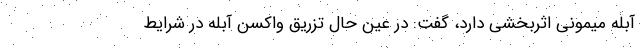
آبله میمونی اثربخشی دارد، گفت: در عین حال تزریق واکسن آبله در شرایط